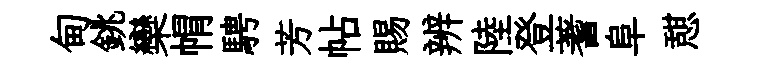
甸銚欒㡌騁芳帖賜辨陸登蓍阜憇